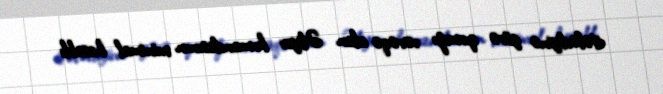
itələdiyinə görə qırmızı vərəqə alan Əliyev komandasının minimal hesablı